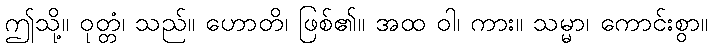
ဤသို့။ ဝုတ္တံ၊ သည်။ ဟောတိ၊ ဖြစ်၏။ အထ ဝါ၊ ကား။ သမ္မာ၊ ကောင်းစွာ။